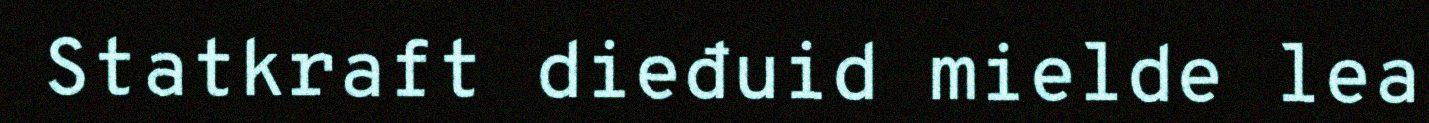
Statkraft dieđuid mielde lea